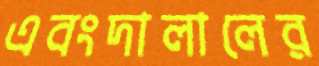
এবংদালালের